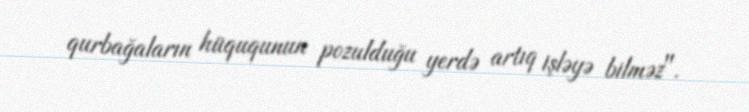
qurbağaların hüququnun pozulduğu yerdə artıq işləyə bilməz".